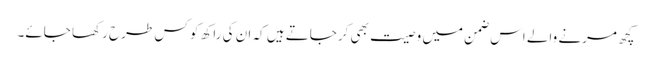
کچھ مرنے والے اس ضمن میں وصیت بھی کرجاتے ہیں کہ ان کی راکھ کو کس طرح رکھا جائے۔